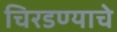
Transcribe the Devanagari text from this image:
चिरडण्‍याचे